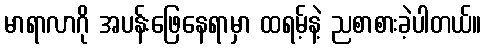
မာရာလာဂို အပန်းဖြေနေရာမှာ ထရမ့်နဲ့ ညစာစားခဲ့ပါတယ်။